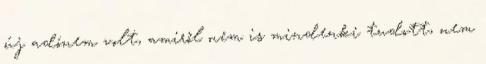
új adónem volt, amiről nem is mindenki tudott, nem